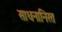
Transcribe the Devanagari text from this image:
साधनानिरत